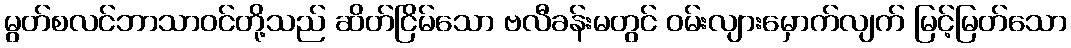
မွတ်စလင်ဘာသာဝင်တို့သည် ဆိတ်ငြိမ်သော ဗလီခန်းမတွင် ဝမ်းလျားမှောက်လျက် မြင့်မြတ်သော